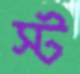
স্ট